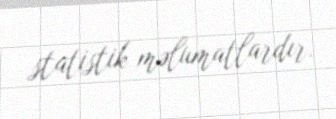
statistik məlumatlardır.